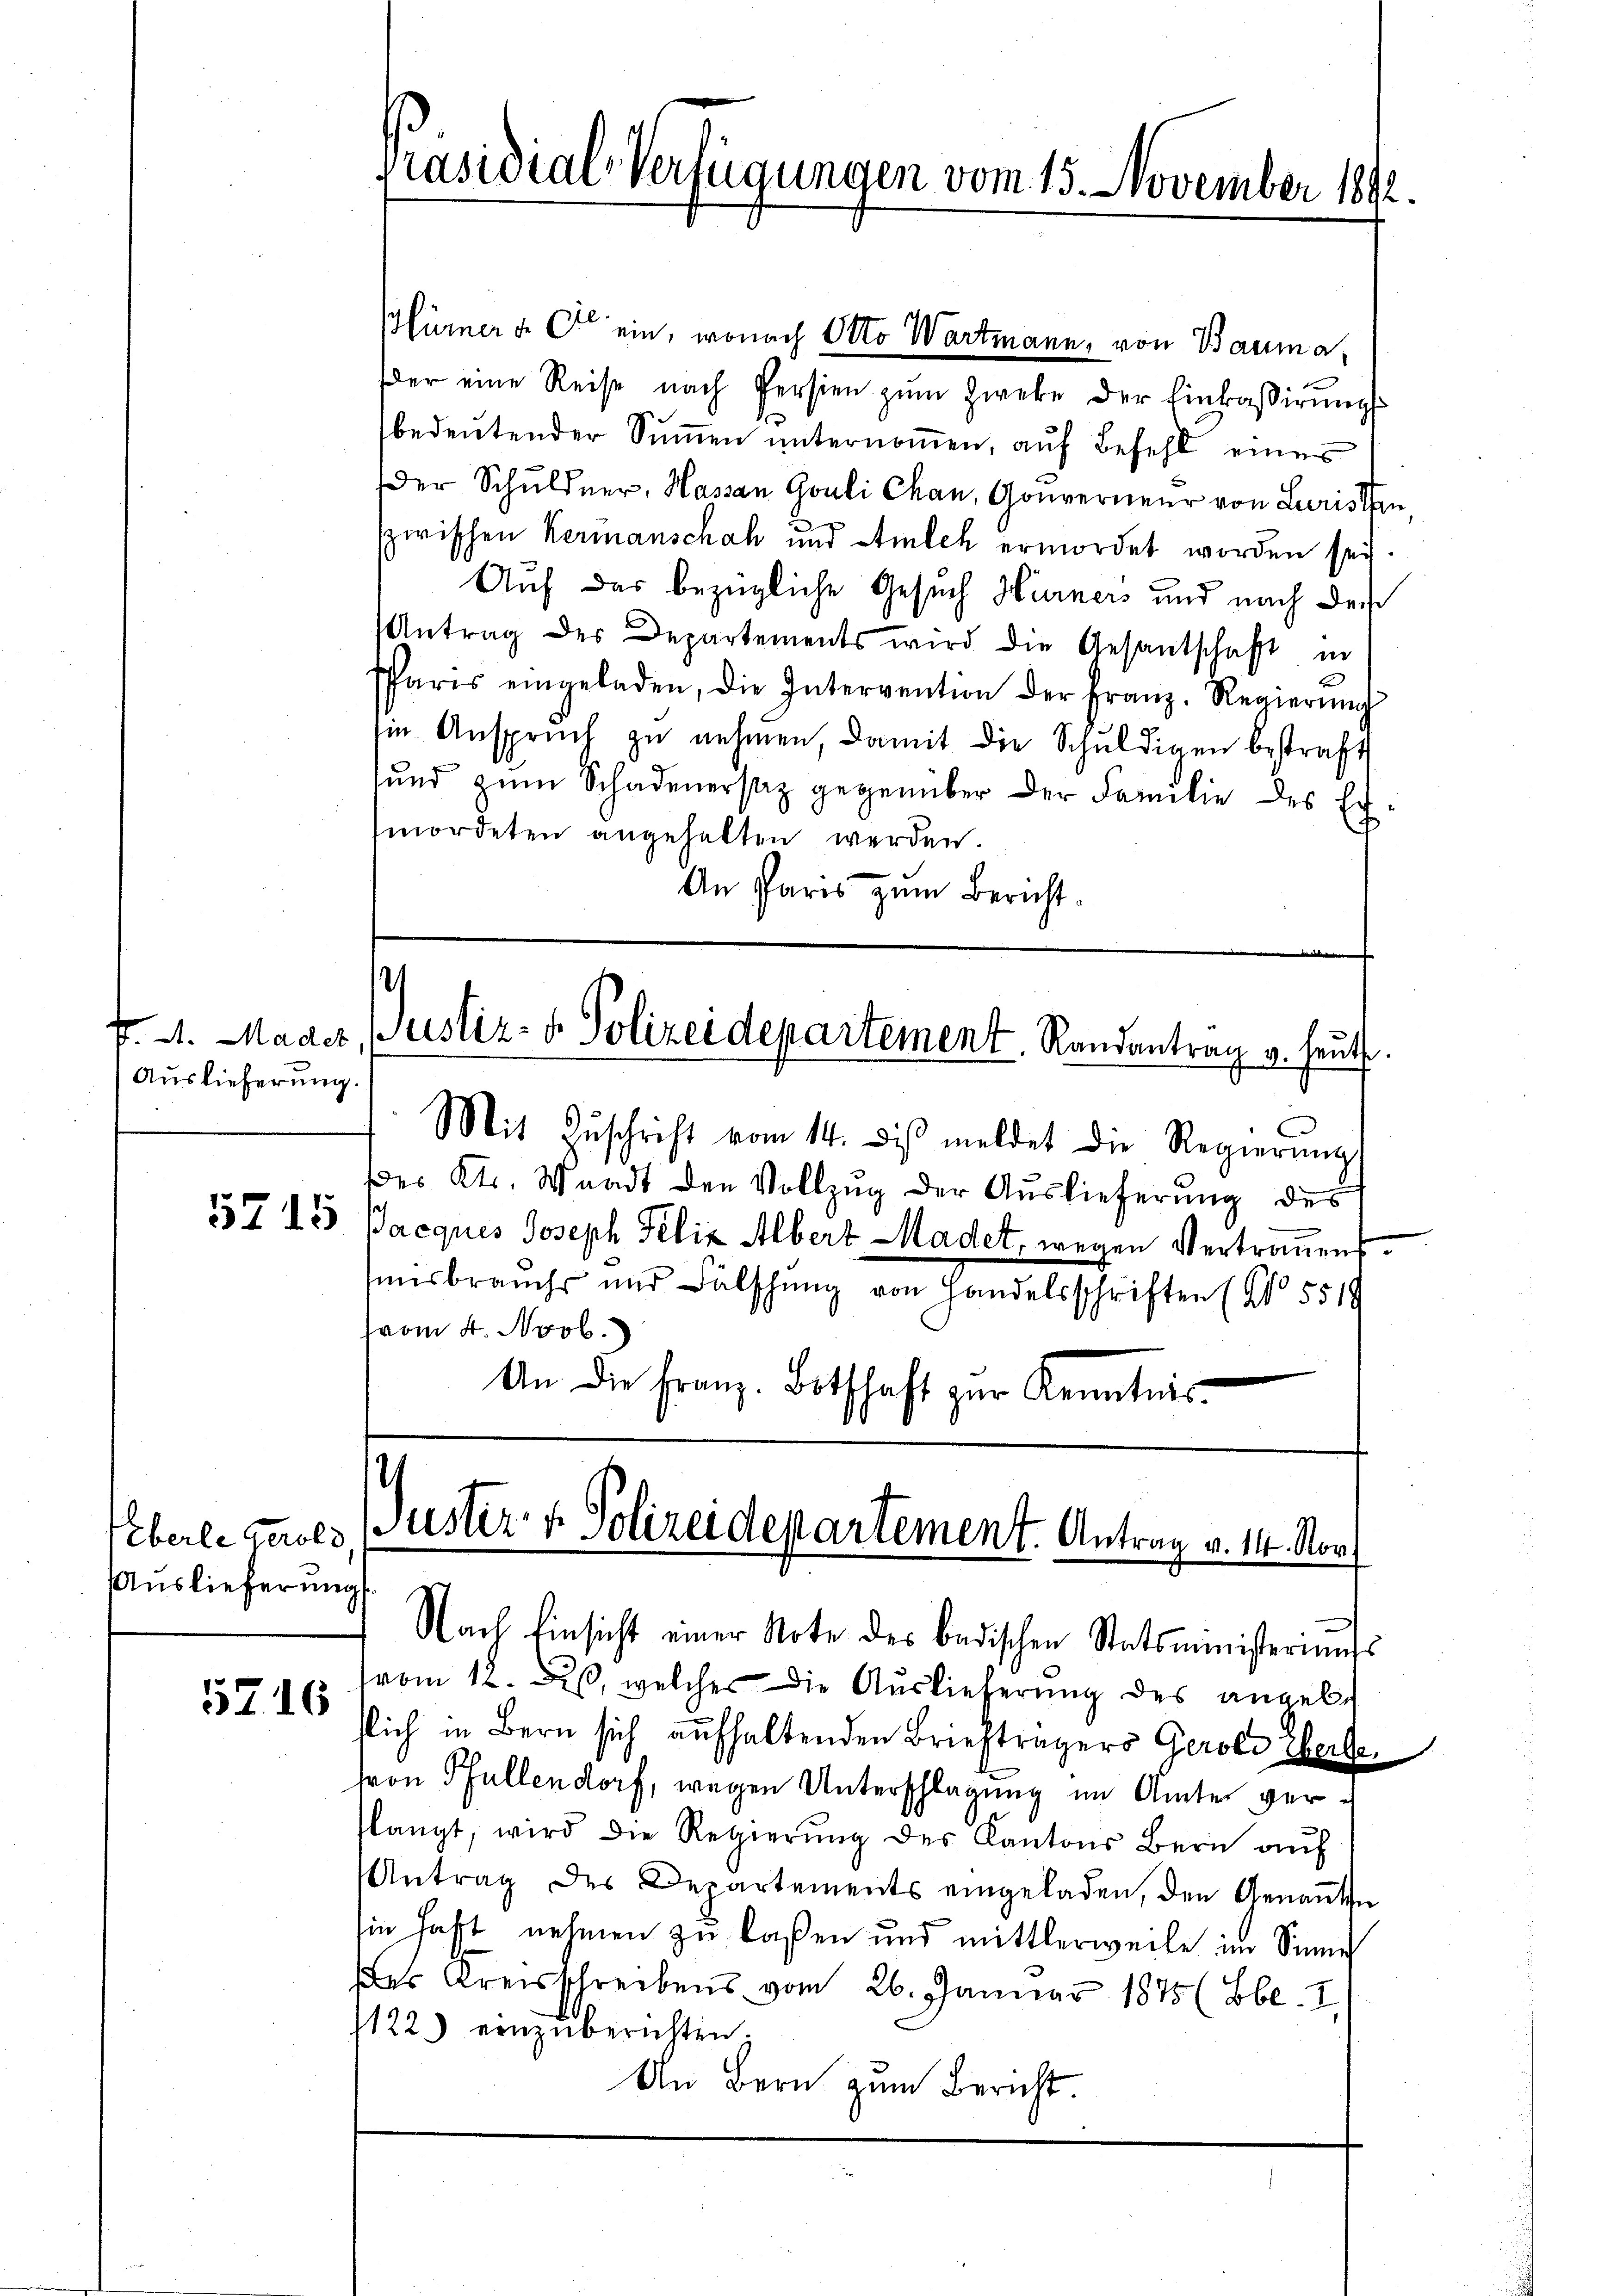
Auslieferung.

5715

Ueberle Gerold
Auslieferung

5716

ürner & Cie ein, wonach Otto Wartmann, von Bauma,
er eine Reise nach Persien zŭm Zweke der Einkassirŭngs
bedeŭtender Sŭṁen ŭnternoṁen, aŭf Befehl einer
Der Schuldner, Hassan Gouli Chan, Gouverneur von Luristen,
zwischen Kermanschah und Amlch ermordet worden sey.
Auf das bezügliche Gesuch Hurners und nach den
Antrag des Departements wird die Gesantschaft in
Pfarrs eingeladen, die Intervention der Franz. Regierŭng
sin Anspruch zu nehmen, damit die Schŭldigen bestraft
lŭnd zŭm Schadenersaz gegenüber der Familie des Ex-
mordeten angehalten werden.
An Paris zum Bericht.

Präsidial-Verfügungen vom 15. November 1892.

¬
f. 21. Mader, Justiz- & Polizeidepartement. Randantrag v. heut.
Mit Zŭschrift vom 14. dβ meldet die Regierŭng

Justiz- & Polizeidepartement. Antrag v. 14. Nor
Nach Einsicht einer Note des badischen Statsministeriums

des Kts. Waadt den Vollzug der Auslieferung des
Pacques Joseph Felix Albert Madet, wegen Vertrauenssbrauchs und Fälschung von Handelsschriften (No. 5519
vom 4. Novb.
An die Franz. Botschaft zur Kenntnis

vom 12. Des, welcher die Auslieferung des angele
slich in Bern sich aufhaltenden Briefträgers Gerole Eberlehron Pfullendorf, wegen Unterschlagung im Amter verslangt, wird die Regierŭng des Kantons Bern aŭf
Antrag des Departements eingeladen, den Genannten
sie haft nehmen zu laßen und mittlerweile im Sinne
des Kreisschreibens vom 26. Januar 1875 (Bbl. I
122) einzŭberichten.
An Bern zum Bericht.